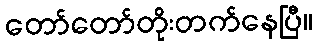
တော်တော်တိုးတက်နေပြီ။